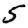
Digit: 5